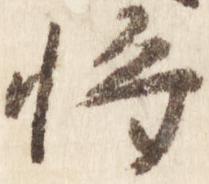
将